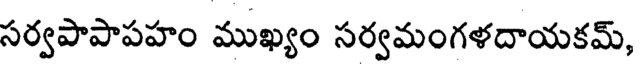
సర్వపాపాపహం ముఖ్యం సర్వమంగళదాయకమ్,